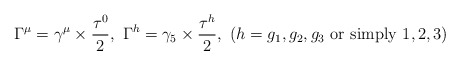
\begin{align*}\Gamma^\mu=\gamma^\mu \times \frac{\tau^0}{2},\ \Gamma^h=\gamma_5 \times \frac{\tau^h}{2},\ (h=g_1, g_2, g_3 {\rm\ or\ simply\ } 1,2,3)\end{align*}